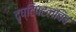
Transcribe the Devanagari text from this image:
दृष्टिपटलबिंब